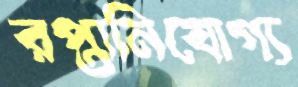
রপ্তানিযোগ্য